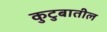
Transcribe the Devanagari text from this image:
कुटुबातील